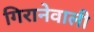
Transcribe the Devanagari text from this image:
गिरानेवाली